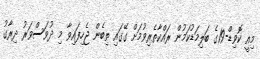
މިއީ ކޮވިޑް-19ގެ ބަލިމަޑުކަމުން ރައްކާތެރިވުމަށް ގޭގައި ތިބެން ޖެހިފައިވާ މި ދުވަސްވަރު ދިރާގު